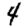
Digit: 4